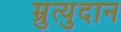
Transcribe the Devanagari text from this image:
म्रुत्युदान